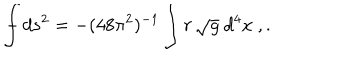
{ \int \! \! \! \! \! \! - } \, d s ^ { 2 } = - ( 4 8 \pi ^ { 2 } ) ^ { - 1 } \int r \, \sqrt { g } \ d ^ { 4 } x \ , .